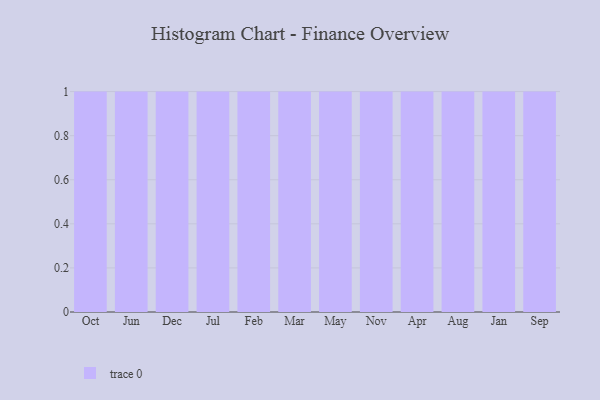
{"axis": {"x": "Month", "y": "Backlog"}, "legend": [""], "data": [{"x": "Oct", "y": 18, "type": ""}, {"x": "Jun", "y": 89, "type": ""}, {"x": "Dec", "y": 40, "type": ""}, {"x": "Jul", "y": 31, "type": ""}, {"x": "Feb", "y": 19, "type": ""}, {"x": "Mar", "y": 23, "type": ""}, {"x": "May", "y": 2, "type": ""}, {"x": "Nov", "y": 35, "type": ""}, {"x": "Apr", "y": 99, "type": ""}, {"x": "Aug", "y": 98, "type": ""}, {"x": "Jan", "y": 6, "type": ""}, {"x": "Sep", "y": 16, "type": ""}]}